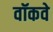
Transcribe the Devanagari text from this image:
वॉकवे